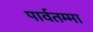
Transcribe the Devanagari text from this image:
पार्वतम्मा